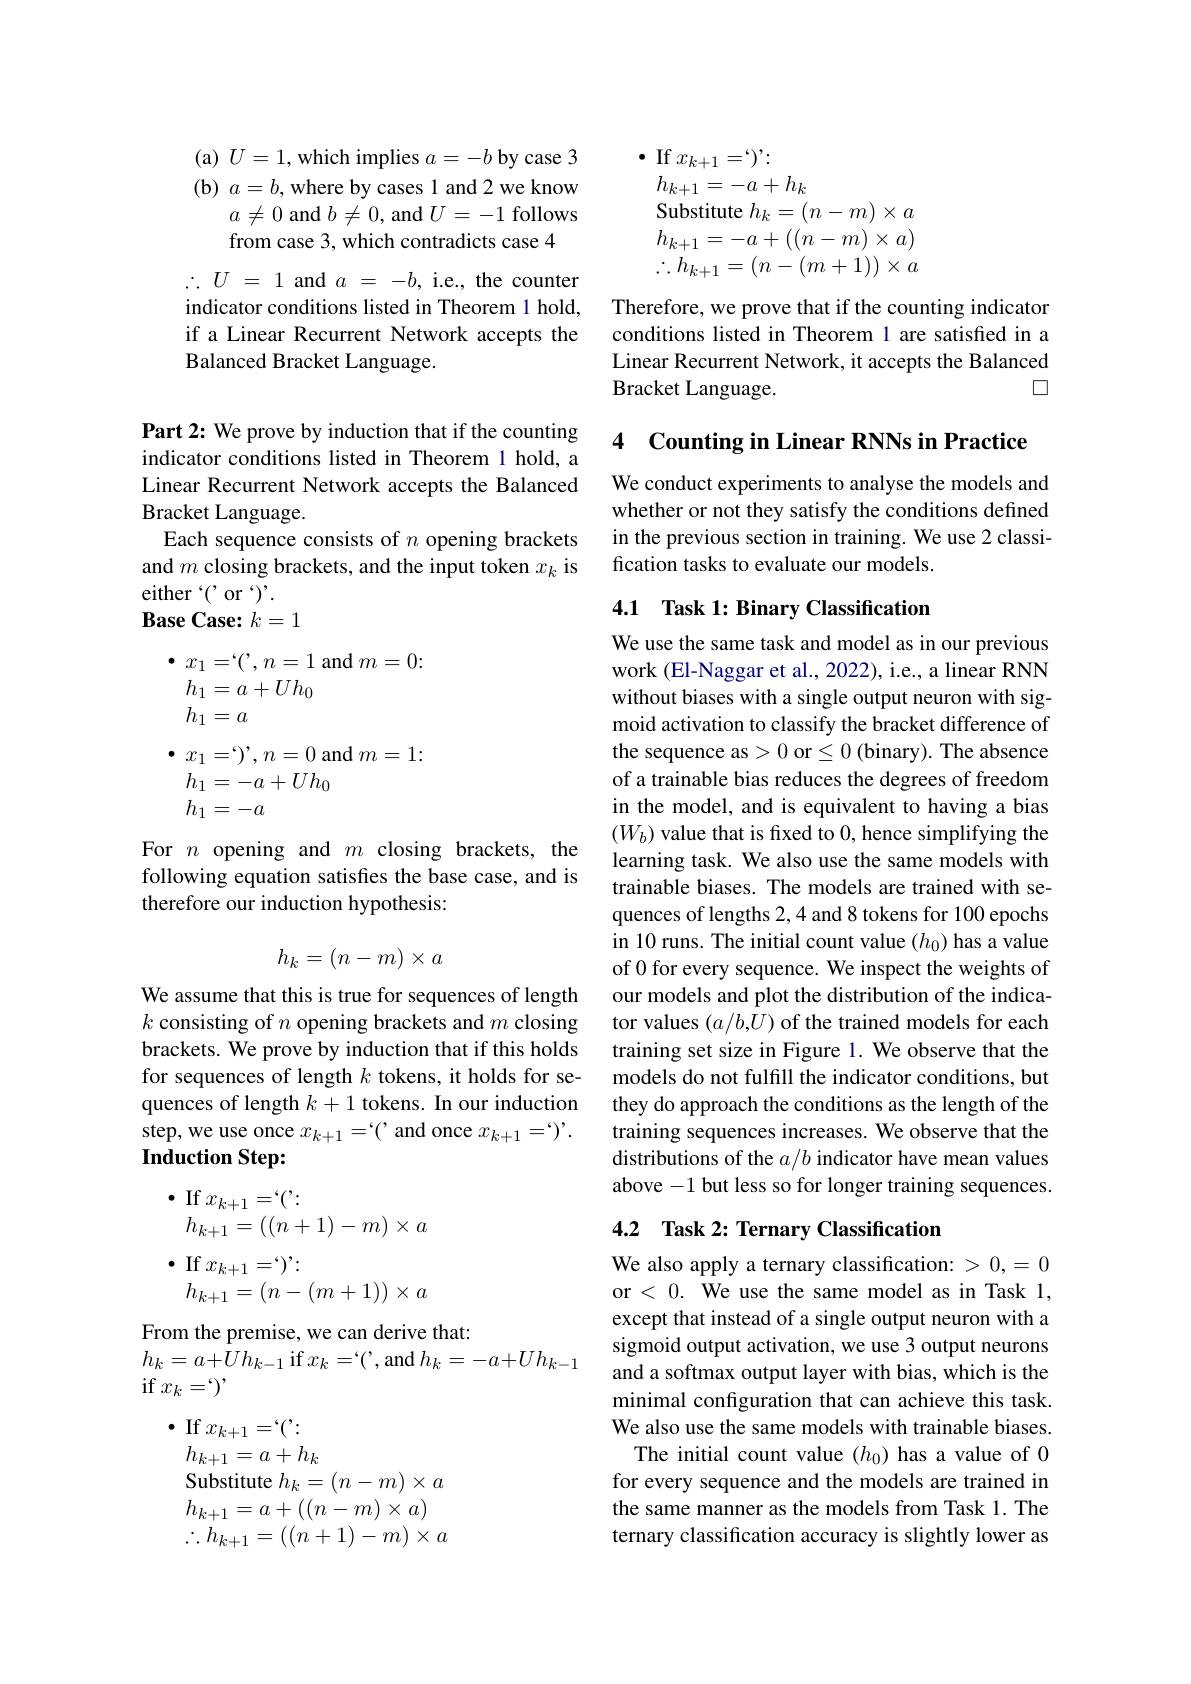
(a) $U=1$,which implies $a=-b$ by case 3 $( \mathbf{b} )$ $a= b$,where by cases 1 and 2 we know
$a\neq0$ and $b\neq0$, and $U=-1$ follows
from case 3, which contradicts case 4

$\therefore U$ = 1 and $a$ = $- b$, i.e., the counter indicator conditions listed in Theorem 1 hold, if a Linear Recurrent Network accepts the Balanced Bracket Language.

Part 2: We prove by induction that if the counting indicator conditions listed in Theorem 1 hold, a Linear Recurrent Network accepts the Balanced Bracket Language.
Each sequence consists of $n$ opening brackets and $m$ closing brackets, and the input token $x_k$ is either $`(`$or $`)'.$
$\textbf{Base Case: }k= 1$
$\bullet$ $x_1= ` ( ^{\prime }, n= 1$ and $m=0:$
$h_1=a+Uh_0$
$h_{1}=a$
$\bullet$ $x_{1}= ` ) ^{\prime }$, $n= 0$ and $m=1:$
$h_1=-a+Uh_0$
$h_1=-a$
For $n$ opening and $m$ closing brackets, the following equation satisfies the base case, and is

therefore our induction hypothesis:
$$h_k=(n-m)\times a$$
We assume that this is true for sequences of length $k$ consisting of $n$ opening brackets and $m$ closing brackets. We prove by induction that if this holds for sequences of length $k$ tokens, it holds for sequences of length $k+1$ tokens. In our induction step, we use once $x_k+1=`(`$ and once $x_k+1=`)'.$ Induction Step:
$$\begin{aligned}&\bullet\:\mathrm{If}\:x_{k+1}=`(':\\&h_{k+1}=((n+1)-m)\times a\\&\bullet\:\mathrm{If}\:x_{k+1}=`)’:\\&h_{k+1}=(n-(m+1))\times a\end{aligned}$$
From the premise, we can derive that:
$h_{k}=a+Uh_{k-1}$ if$x_k=`('$,and$h_k=-a+Uh_{k-1}$
if$x_k=`)'$
$\bullet$ If $x_{k+1}=`(':$
$$h_{k+1}=a+h_k$$
Substitute $h_k=(n-m)\times a$ $h_{k+1}=a+((n-m)\times a)$ $\therefore h_{k+1}=((n+1)-m)\times a$

$\bullet$ If $x_{k+1}=`)':$
$h_{k+1}=-a+h_{k}$
Substitute $h_k=(n-m)\times a$ $h_{k+1}=-a+\left((n-m\right)\times a)$ $\therefore h_{k+1}=(n-(m+1))\times a$

Therefore, we prove that if the counting indicator conditions listed in Theorem 1 are satisfied in a Linear Recurrent Network, it accepts the Balanced Bracket Language.
$\square$

4 Counting in Linear RNNs in Practice

We conduct experiments to analyse the models and whether or not they satisfy the conditions defined in the previous section in training. We use 2 classification tasks to evaluate our models.

## 4.1 Task 1: Binary Classification

We use the same task and model as in our previous work (El-Naggar et al., 2022), i.e., a linear RNN without biases with a single output neuron with sigmoid activation to classify the bracket difference of the sequence as >0 or $\leq0$ (binary). The absence of a trainable bias reduces the degrees of freedom in the model, and is equivalent to having a bias $(W_b)$ value that is fixed to 0, hence simplifying the learning task. We also use the same models with trainable biases. The models are trained with sequences of lengths 2,4 and 8 tokens for 100 epochs in 10 runs. The initial count value $(h_0)$ has a value of 0 for every sequence. We inspect the weights of our models and plot the distribution of the indicator values $(a/b,U)$ of the trained models for each training set size in Figure 1. We observe that the models do not fulfill the indicator conditions, but they do approach the conditions as the length of the training sequences increases. We observe that the distributions of the $a/b$ indicator have mean values above -1 but less so for longer training sequences.

## 4.2 Task 2: Ternary Classification

We also apply a ternary classification: > 0, = 0 or < 0. We use the same model as in Task 1, except that instead of a single output neuron with a sigmoid output activation, we use 3 output neurons and a softmax output layer with bias, which is the minimal configuration that can achieve this task We also use the same models with trainable biases. The initial count value $(h_0)$ has a value of 0
for every sequence and the models are trained in the same manner as the models from Task 1. The ternary classification accuracy is slightly lower as